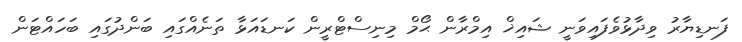
ފަނޑިޔާރު ވިދާޅުވެފައިވަނީ ޝައިޚް އިމްރާން ޙޯމް މިނިސްޓްރީން ކަނޑައަޅާ ތަނެއްގައި ބަންދުގައި ބަހައްޓަން